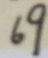
6 9